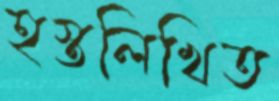
হস্তলিখিত